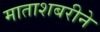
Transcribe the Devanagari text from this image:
माताशबरीने